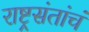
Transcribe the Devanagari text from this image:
राष्ट्रसंतांचं